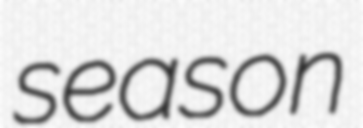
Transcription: season